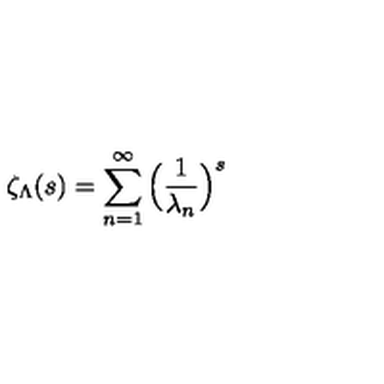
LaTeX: \zeta _ { \Lambda } ( s ) = \sum _ { n = 1 } ^ { \infty } \Big ( \frac { 1 } { \lambda _ { n } } \Big ) ^ { s }